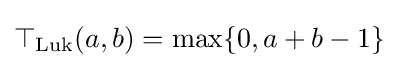
\top _{\mathrm {Luk} }(a,b)=\max\{0,a+b-1\}